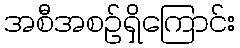
အစီအစဉ်ရှိကြောင်း